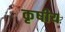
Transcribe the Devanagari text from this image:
कृषीय